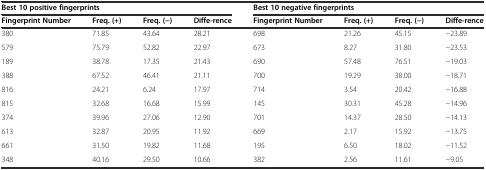
| <COLSPAN=4> Best 10 positive fingerprints | <COLSPAN=4> Best 10 negative fingerprints |
 | Fingerprint Number | Freq. (+) | Freq. (−) | Diffe-rence | Fingerprint Number | Freq. (+) | Freq. (−) | Diffe-rence |
 | --- | --- | --- | --- | --- | --- | --- | --- |
 | 380 | 71.85 | 43.64 | 28.21 | 698 | 21.26 | 45.15 | −23.89 |
 | 579 | 75.79 | 52.82 | 22.97 | 673 | 8.27 | 31.80 | −23.53 |
 | 189 | 38.78 | 17.35 | 21.43 | 690 | 57.48 | 76.51 | −19.03 |
 | 388 | 67.52 | 46.41 | 21.11 | 700 | 19.29 | 38.00 | −18.71 |
 | 816 | 24.21 | 6.24 | 17.97 | 714 | 3.54 | 20.42 | −16.88 |
 | 815 | 32.68 | 16.68 | 15.99 | 145 | 30.31 | 45.28 | −14.96 |
 | 374 | 39.96 | 27.06 | 12.90 | 701 | 14.37 | 28.50 | −14.13 |
 | 613 | 32.87 | 20.95 | 11.92 | 669 | 2.17 | 15.92 | −13.75 |
 | 661 | 31.50 | 19.82 | 11.68 | 195 | 6.50 | 18.02 | −11.52 |
 | 348 | 40.16 | 29.50 | 10.66 | 382 | 2.56 | 11.61 | −9.05 |